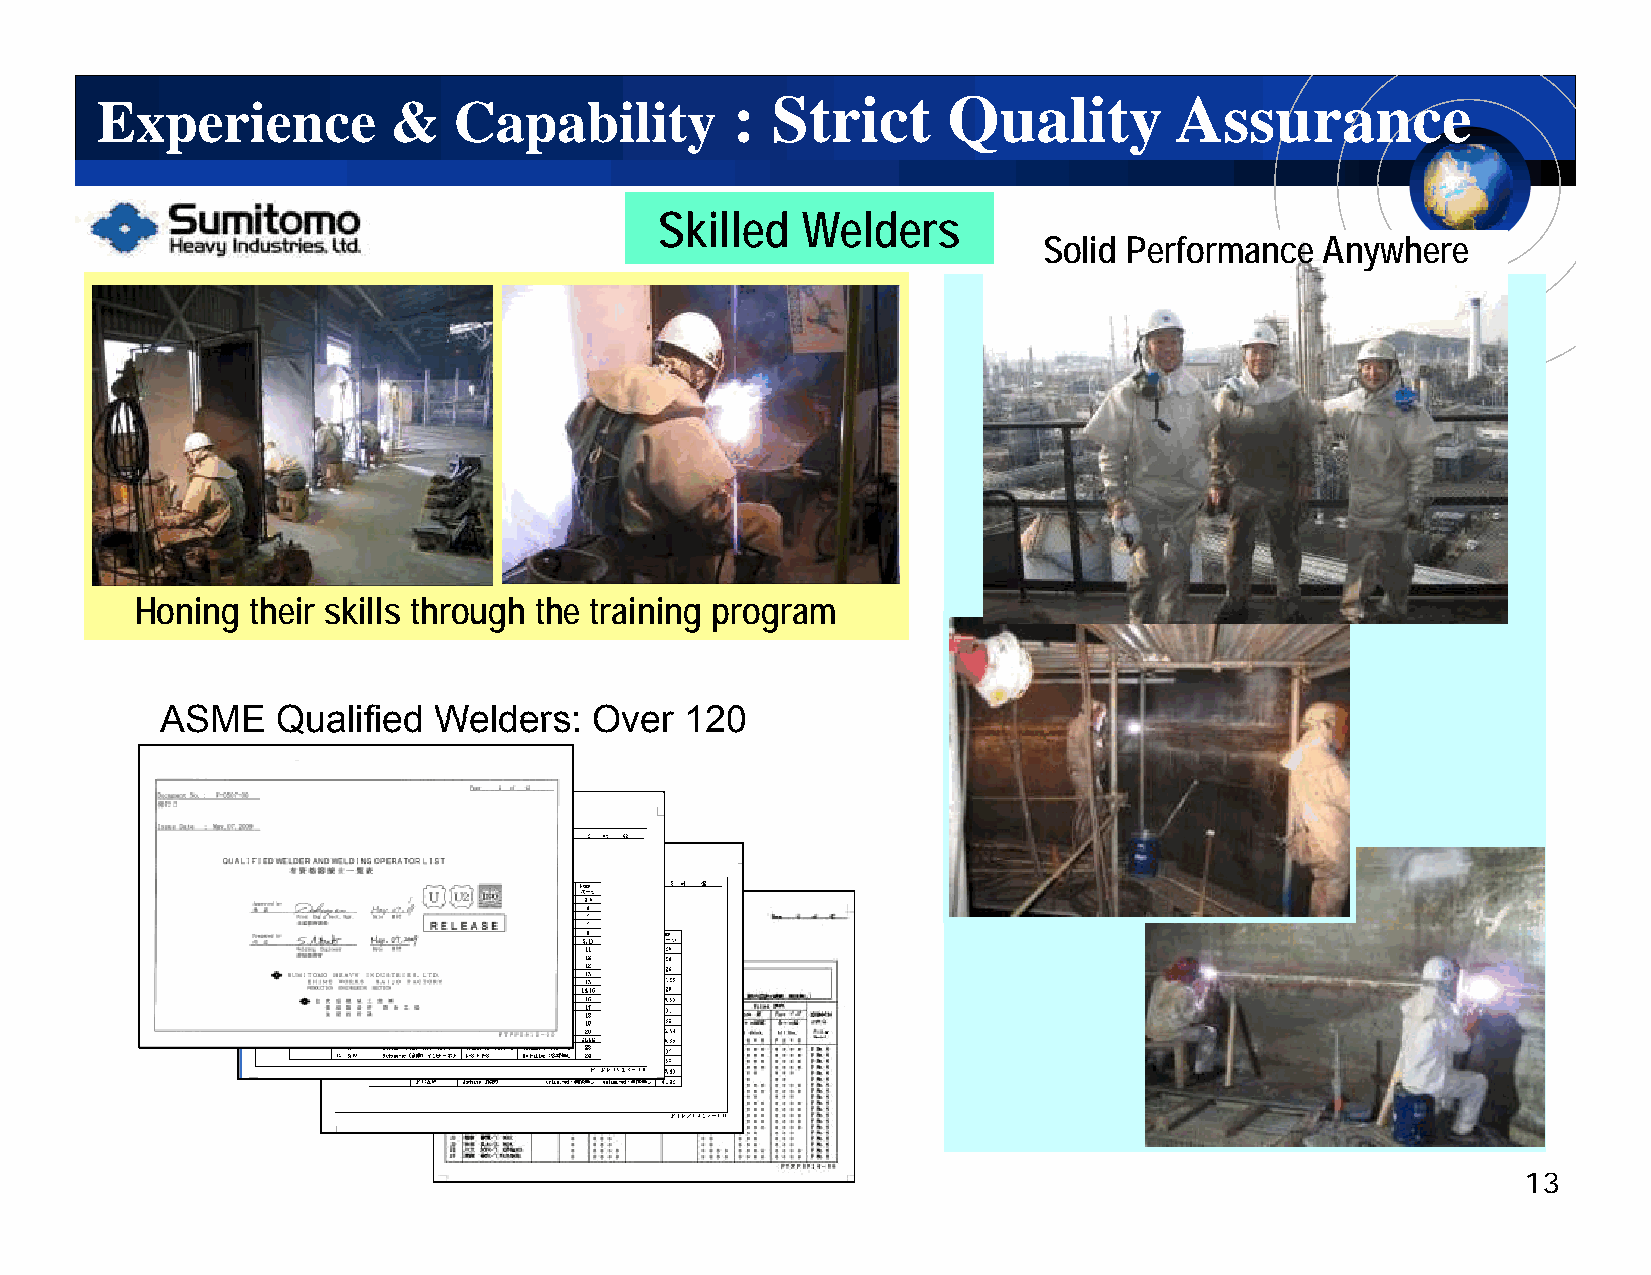
:  Strict      Quality        Assurance
 Experience          &   Capability
 SSkkiilllleedd WWeellddeerrss
 SSolid Perfformance Anywhere
 Honing  their skills through the training program
 AASSMMEE QQuuaalliiffiieedd WWeellddeerrss:: OOvveerr 112200
 13